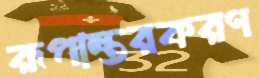
রূপান্তরকরণ